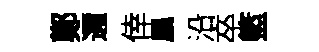
鄭邇倖凰沿卒籃